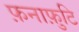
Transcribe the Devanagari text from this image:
फ़नाफ़ुटि